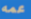
عمه